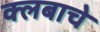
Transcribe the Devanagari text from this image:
क्लबाचे